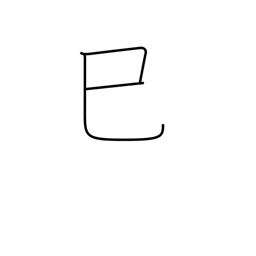
Meaning: sign of the snake or serpent